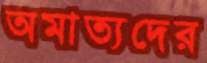
অমাত্যদের